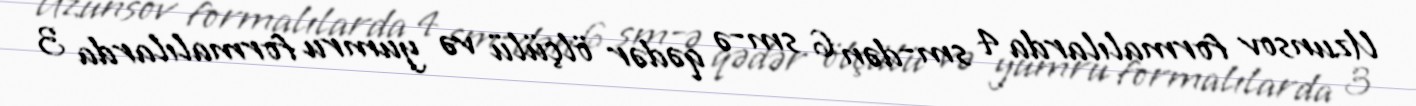
Uzunsov formalılarda 4 sm-dən 6 sm-ə qədər ölçülü və yumru formalılarda 3